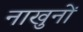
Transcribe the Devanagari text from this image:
नाखुनों